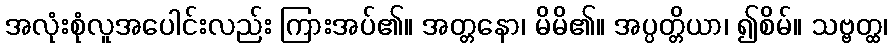
အလုံးစုံလူအပေါင်းလည်း ကြားအပ်၏။ အတ္တနော၊ မိမိ၏။ အပ္ပတ္တိယာ၊ ၍စိမ်။ သဗ္ဗတ္ထ၊